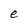
Character: e